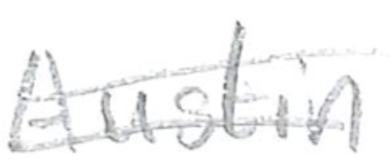
Text: Austin
Cross-out: mix
Writing tool: pencil